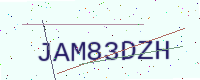
Text: JAM83DZH